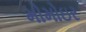
મોમોઇર